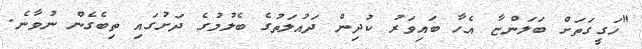
"ހަގީގަތަށް ބަލަންޏާ އެހާ ބައިވަރު ކުދިން ދައުލަތުގެ ބެލުމުގެ ދަށުގައި ތިބެގެން ނުވާނެ.